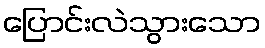
ပြောင်းလဲသွားသော